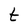
Character: t